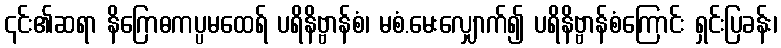
၎င်း၏ဆရာ နိဂြောဓကပ္ပမထေရ် ပရိနိဗ္ဗာန်စံ၊ မစံ.မေးလျှောက်၍ ပရိနိဗ္ဗာန်စံကြောင်း ရှင်းပြခန်း၊